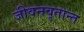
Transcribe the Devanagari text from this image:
जीवनवृतान्त